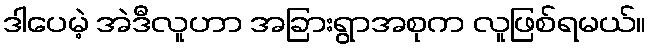
ဒါပေမဲ့ အဲဒီလူဟာ အခြားရွာအစုက လူဖြစ်ရမယ်။